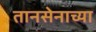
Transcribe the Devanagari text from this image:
तानसेनाच्या